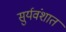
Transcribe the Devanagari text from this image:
सुर्यवंशात